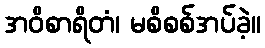
အဝိစာရိတံ၊ မစိစစ်အပ်ခဲ့။